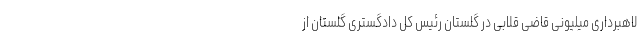
لاهبرداری میلیونی قاضی قلابی در گلستان رئیس کل دادگستری گلستان از